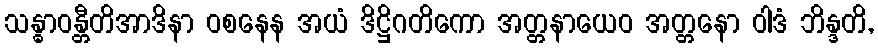
သန္ဓာဝန္တီတိအာဒိနာ ဝစနေန အယံ ဒိဋ္ဌိဂတိကော အတ္တနာယေဝ အတ္တနော ဝါဒံ ဘိန္ဒတိ,